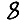
Digit: 8